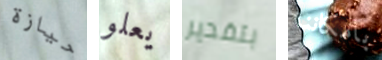
حيازة يعلو بتقدير بامكاننا